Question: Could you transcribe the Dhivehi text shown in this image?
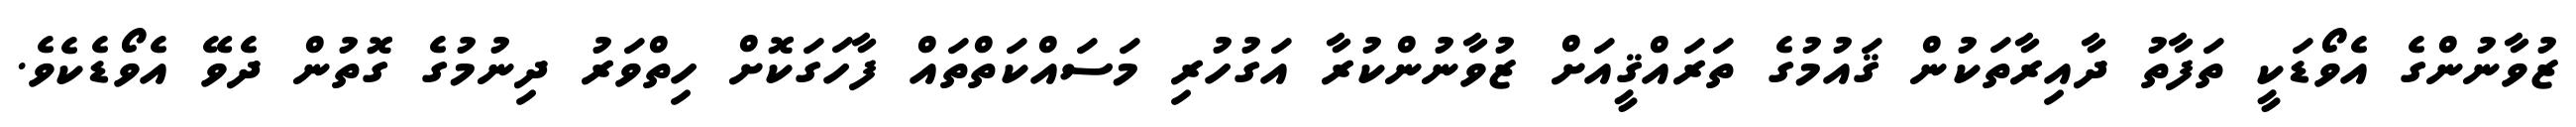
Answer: ޒުވާނުންގެ އެވޯޑަކީ ތަފާތު ދާއިރާތަކުން ޤައުމުގެ ތަރައްޤީއަށް ޒުވާނުންކުރާ އަގުހުރި މަސައްކަތްތައް ފާހަގަކޮށް ހިތްވަރު ދިނުމުގެ ގޮތުން ދެވޭ އެވޯޑެކެވެ.